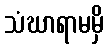
သံဃာရာမမှိ